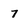
Character: 7